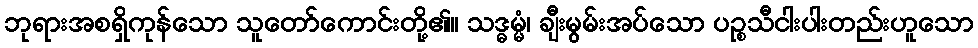
ဘုရားအစရှိကုန်သော သူတော်ကောင်းတို့၏။ သဒ္ဓမ္မံ၊ ချီးမွမ်းအပ်သော ပဉ္စသီငါးပါးတည်းဟူသော